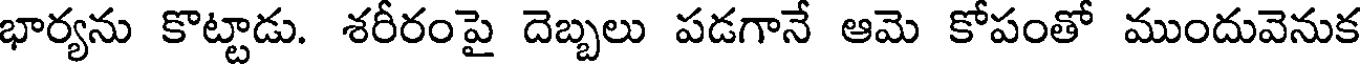
భార్యను కొట్టాడు. శరీరంపై దెబ్బలు పడగానే ఆమె కోపంతో ముందువెనుక